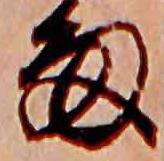
雨